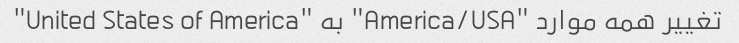
تغییر همه موارد "America/USA" به "United States of America"